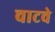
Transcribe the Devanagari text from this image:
चाटचे